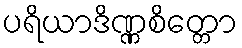
ပရိယာဒိဏ္ဏစိတ္တော